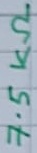
Text: 7.5KΩ